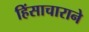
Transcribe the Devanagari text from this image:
हिंसाचाराने